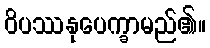
ဝိပဿနုပေက္ခာမည်၏။